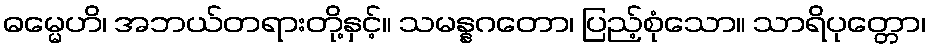
ဓမ္မေဟိ၊ အဘယ်တရားတို့နှင့်။ သမန္နဂတော၊ ပြည့်စုံသော။ သာရိပုတ္တော၊